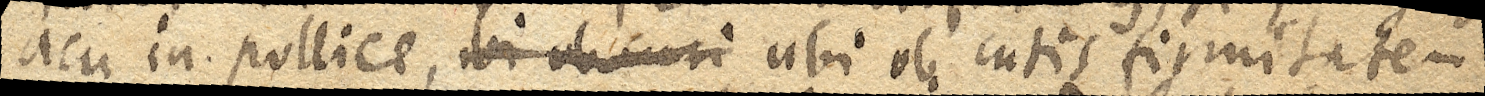
acu in pollice, ubi ob curi ubi ob cutis firmitatem